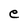
Character: e